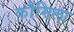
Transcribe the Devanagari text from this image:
कौमिला